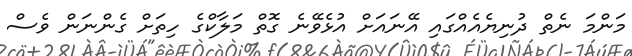
މަންމަ ނެތް ދުނިޔެއެއްގައި އޭނައަށް އުޅެވޭނެ ގޮތް މަލާކްގެ ހިތަށް ގެންނަން ވެސް